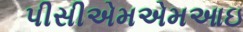
પીસીએમએમઆઇ